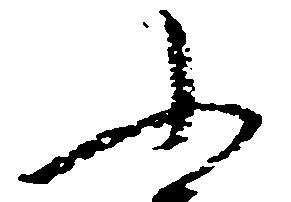
ふ